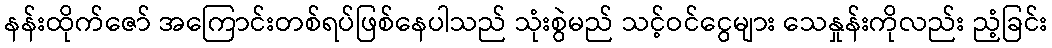
နန်းထိုက်ဇော် အကြောင်းတစ်ရပ်ဖြစ်နေပါသည် သုံးစွဲမည် သင့်ဝင်ငွေများ သေနှုန်းကိုလည်း ညံ့ခြင်း